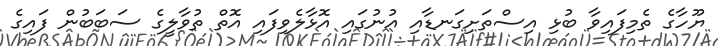
ޔޫހާގެ ތެމިފައިވާ ބުޅި އިސްތަށިގަނޑާއި އުނުގައި އޮޅާލެވިފައި އޮތް ތުވާލީގެ ސަބަބުން ފައިގެ